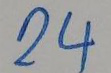
24